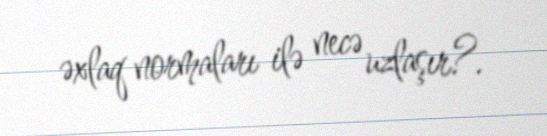
əxlaq normaları ilə necə uzlaşır?.